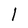
Character: l